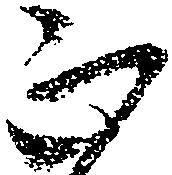
正